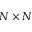
N \times N